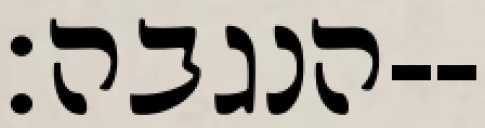
הנגבה׃--